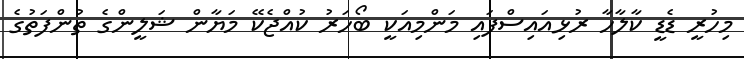
މިހުރީ ޑެޑީ ކާލާހާ ރުޅިއައިސްފައި މަންމިއަކީ ބޯހަރު ކުއްޖެކޭ މަޔާން ޝަލީންގެ ތުންފަތުގެ